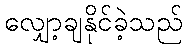
လျှော့ချနိုင်ခဲ့သည်